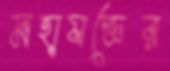
মহাযজ্ঞের